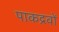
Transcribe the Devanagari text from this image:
पाकद्रवों